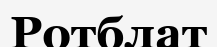
Ротблат